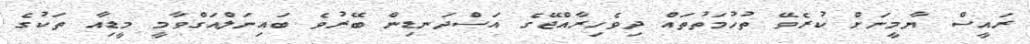
ރައީސް ޔާމީނަށް ކުރެވޭ ތުހުމަތުތައް ދިވެހިރާއްޖޭގެ އަސްދަނޑިން ބޭރުވެ ބައިނަލްއަގްވާމީ މީޑިއާ ތަކުގެ